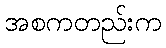
အစကတည်းက